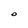
Character: O